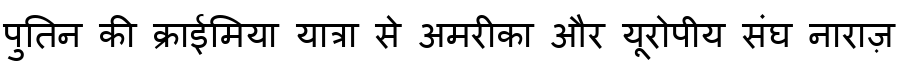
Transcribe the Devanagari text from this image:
पुतिन की क्राईमिया यात्रा से अमरीका और यूरोपीय संघ नाराज़